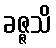
ခဇ္ဇသိ